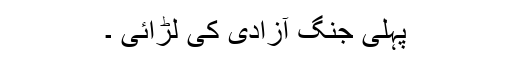
پہلی جنگ آزادی کی لڑائی ۔